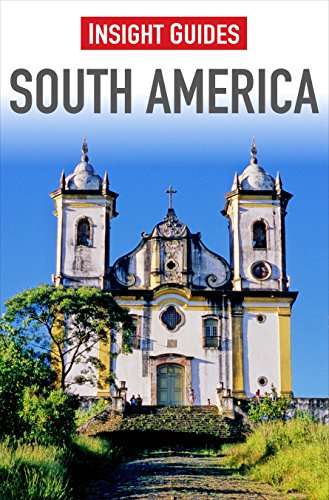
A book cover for South America (Insight Guides); Stephan Kuffner; Travel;